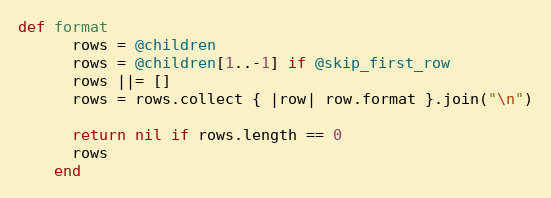
Language: Ruby
def format
      rows = @children
      rows = @children[1..-1] if @skip_first_row
      rows ||= []
      rows = rows.collect { |row| row.format }.join("\n")

      return nil if rows.length == 0
      rows
    end